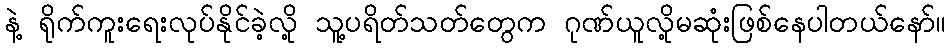
နဲ့ ရိုက်ကူးရေးလုပ်နိုင်ခဲ့လို့ သူ့ပရိတ်သတ်တွေက ဂုဏ်ယူလို့မဆုံးဖြစ်နေပါတယ်နော်။